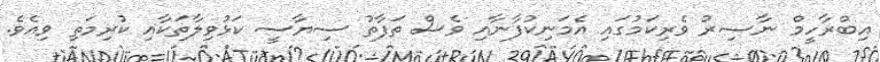
އިބްރާހީމް ނާޞިރު ވެރިކަމުގައި އެމަނިކުފާނާއި ވެސް ތަފާތު ސިޔާސީ ކަޅުވިލާތަކާއި ކުރިމަތި ވިއެވެ.